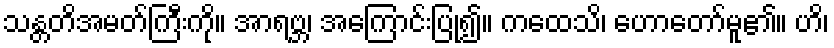
သန္တတိအမတ်ကြီးကို။ အာရဗ္ဘ၊ အကြောင်းပြု၍။ ကထေသိ၊ ဟောတော်မူ၏။ ဟိ၊